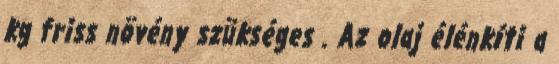
kg friss növény szükséges . Az olaj élénkíti a